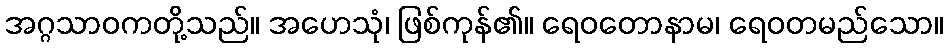
အဂ္ဂသာဝကတို့သည်။ အဟေသုံ၊ ဖြစ်ကုန်၏။ ရေဝတောနာမ၊ ရေဝတမည်သော။